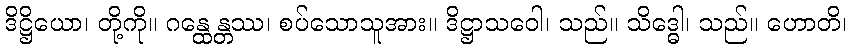
ဒိဋ္ဌိယော၊ တို့ကို။ ဂန္ထေန္တဿ၊ စပ်သောသူအား။ ဒိဋ္ဌာသဝေါ၊ သည်။ သိဒ္ဓေါ၊ သည်။ ဟောတိ၊